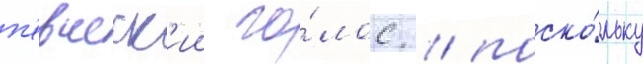
п'евческ'ии го́лос / поско́льку